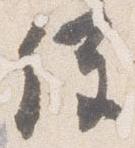
経